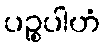
ပဉ္စပါဟံ